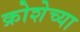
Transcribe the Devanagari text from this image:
क्रोशेच्या